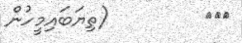
١١١         (ތިޔަބައިމީހުން